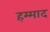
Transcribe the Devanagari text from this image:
हम्माद